Indian journal of veterinary science and animal husbandry - Volume 7,
Year: 1937
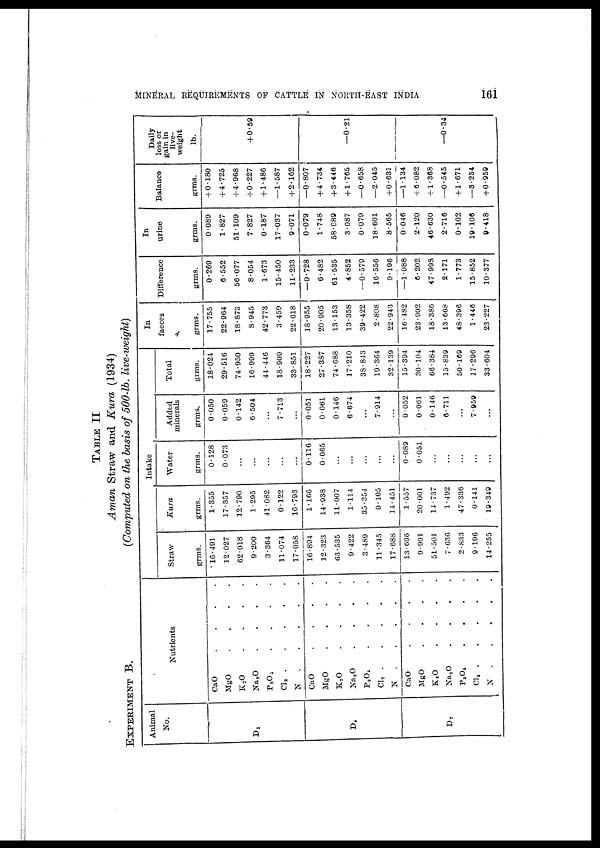
MINERAL REQUIREMENTS OP CATTLE IN NORTH-EAST INDIA
161
TABLE II
Aman Straw and Kura (1934)
EXPERIMENT B.
(Computed on the basis of 500-lb. live-weight)
Animal
No.
D1
D.
D7
Nutrients
CaO . . . .
MgO . . . .
K2O . . . .
Na2O . . . .
P 2 O 5 . . . .
CI2 . . . . .
N . . . . .
CaO . . . .
MgO . . . .
K2O . . . .
Na2O . . . .
P2O5. . . . .
Cl2 . . . . .
N . . . .
CaO . . . .
MgO . . . .
K2O . . . .
Na2O . . . .
P2O5 . . . .
Cl2 . . . . .
N . . . . .
Intake
Straw
grms.
16.491
12.027
62.018
9.200
3.364
11.074
17.058
16.894
12.323
63.535
9.422
3.489
11.345
17.688
13.696
9.991
51.501
7.636
2.833
9.196
14.255
Kura
grms.
1.355
17.357
12.790
1.295
41.082
0.122
16.793
1.166
14.938
11.007
1.114
35.354
0.105
14.451
1.557
20.001
14.737
1.492
47.336
0.141
19.349
Water
grms.
0.128
0.073
...
...
...
...
...
0.116
0.065
...
...
...
...
...
0.089
0.051
...
...
...
...
...
Added
minerals
grms.
0.050
0.059
0.142
6.504
...
7 . 713
...
0.051
0.061
0.146
6.674
...
7.914
...
0.052
0.061
0.146
6.711
...
7.959
...
Total
grms.
18.024
29.516
74.950
16.999
44.446
18.909
33.851
18.227
27.387
74.688
17.210
38.843
19.364
32.139
15.394
30.104
66.384
15.839
50.169
17.296
33.604
In
faeces
grms.
17.755
22.964
18.873
8.945
42.773
3.459
22.618
18.955
20.905
13.153
13.358
39.422
2.808
22.943
16.482
23.902
18.386
13.668
48.396
1.446
23.227
Difference
grms.
0.269
6.552
56.077
8.054
1.673
15.450
11.233
—0.728
6.482
61.535
4.852
—0.579
16.556
9.196
—1.088
6.202
47.998
2.171
1.773
15.852
10.377
In
urine
grms.
0.089
1.827
51.109
7.827
0.187
17.037
9.071
0.079
1.748
58.089
3.087
0.079
18.601
8.565
0.046
2.120
46.630
2.716
0.102
19.106
9.418
Balance
grms.
+0.180
+ 4.725
+ 4.968
+ 0.227
+ 1.486
—1.587
+ 2.162
—0.807
+ 4.734
+ 3.446
+ 1.765
—0.658
—2.045
+ 0.631
—1.134
+ 6.082
+ 1.368
—0.545
+ 1.671
—3.254
+ 0.959
Daily
loss or
gain in
live.
weight
lb.
+0.59
—0.21
—0.34